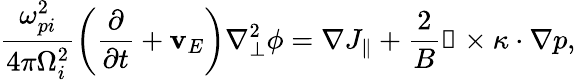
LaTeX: \frac{\omega_{pi}^{2}}{4\pi\Omega_{i}^{2}}\left(\frac{\partial}{\partial t}+\mathbf{v}_{E}\right)\nabla_{\perp}^{2}\phi=\nabla J_{\| }+\frac{2}{B}\mathbb{b}\times\kappa\cdot\nabla p,